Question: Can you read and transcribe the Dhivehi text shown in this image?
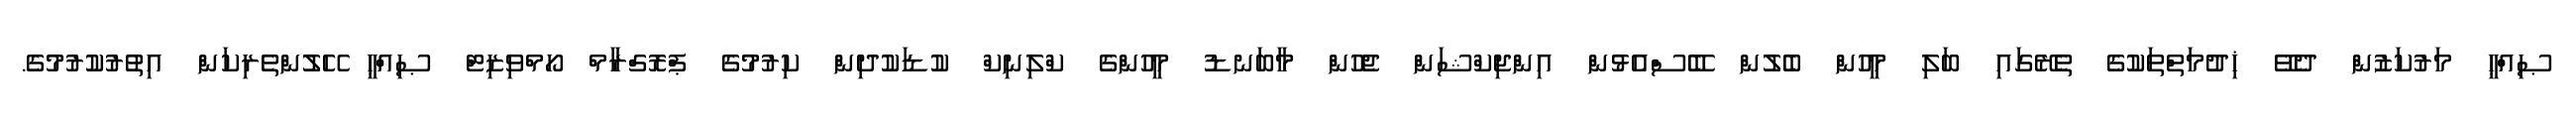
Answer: ޞިއްޙީ މަރުކަޒުން ދެވޭ ޚިދުމަތްތަކުގެ ތެރޭގައި ބަލި މީހުން ބެލުން ބޭސްއެޅުން އިންޖިކްޝަން ޖެހުން މާބަނޑު މީހުންގެ ކްލިނިކް ކުޑަކުދިން ކިރުމުގެ ޕްރޮގްރާމް ހޯމްވިޒިޓް ޞިއްޙީ ހޭލުންތެރިކަން އިތުރުކުރުމުގެ.